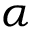
\alpha